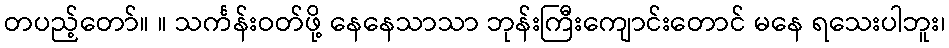
တပည့်တော်။ ။ သင်္ကန်းဝတ်ဖို့ နေနေသာသာ ဘုန်းကြီးကျောင်းတောင် မနေ ရသေးပါဘူး၊